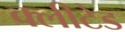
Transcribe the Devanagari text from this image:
क्लीटेड